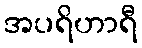
အပရိဟာရီ